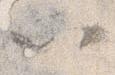
以